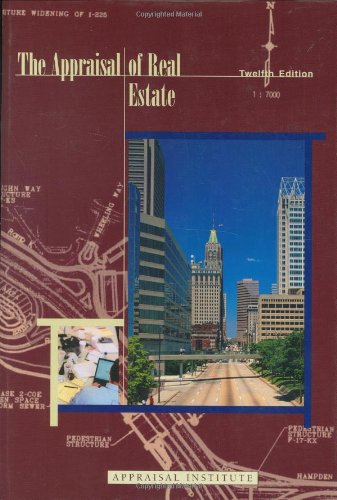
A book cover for The Appraisal of Real Estate, 12th Edition; Appraisal Institute; Business & Money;